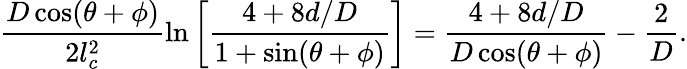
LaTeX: \frac{D\cos(\theta+\phi)}{2l_{c}^{2}}\ln\left[\frac{4+8d/D}{1+\sin(\theta+\phi)}\right]=\frac{4+8d/D}{D\cos(\theta+\phi)}-\frac{2}{D}.